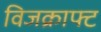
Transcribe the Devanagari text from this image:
विजक्राफ्ट